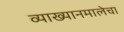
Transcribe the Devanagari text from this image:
व्याख्यानमालेचा